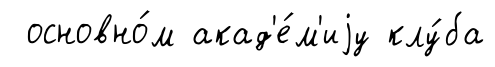
основно́м акад'е́м'иjу клу́ба